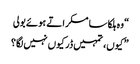
“ وہ ہلکا سا مسکراتے ہوئے بولی
” کیوں، تمہیں ڈر کیوں نہیں لگا؟